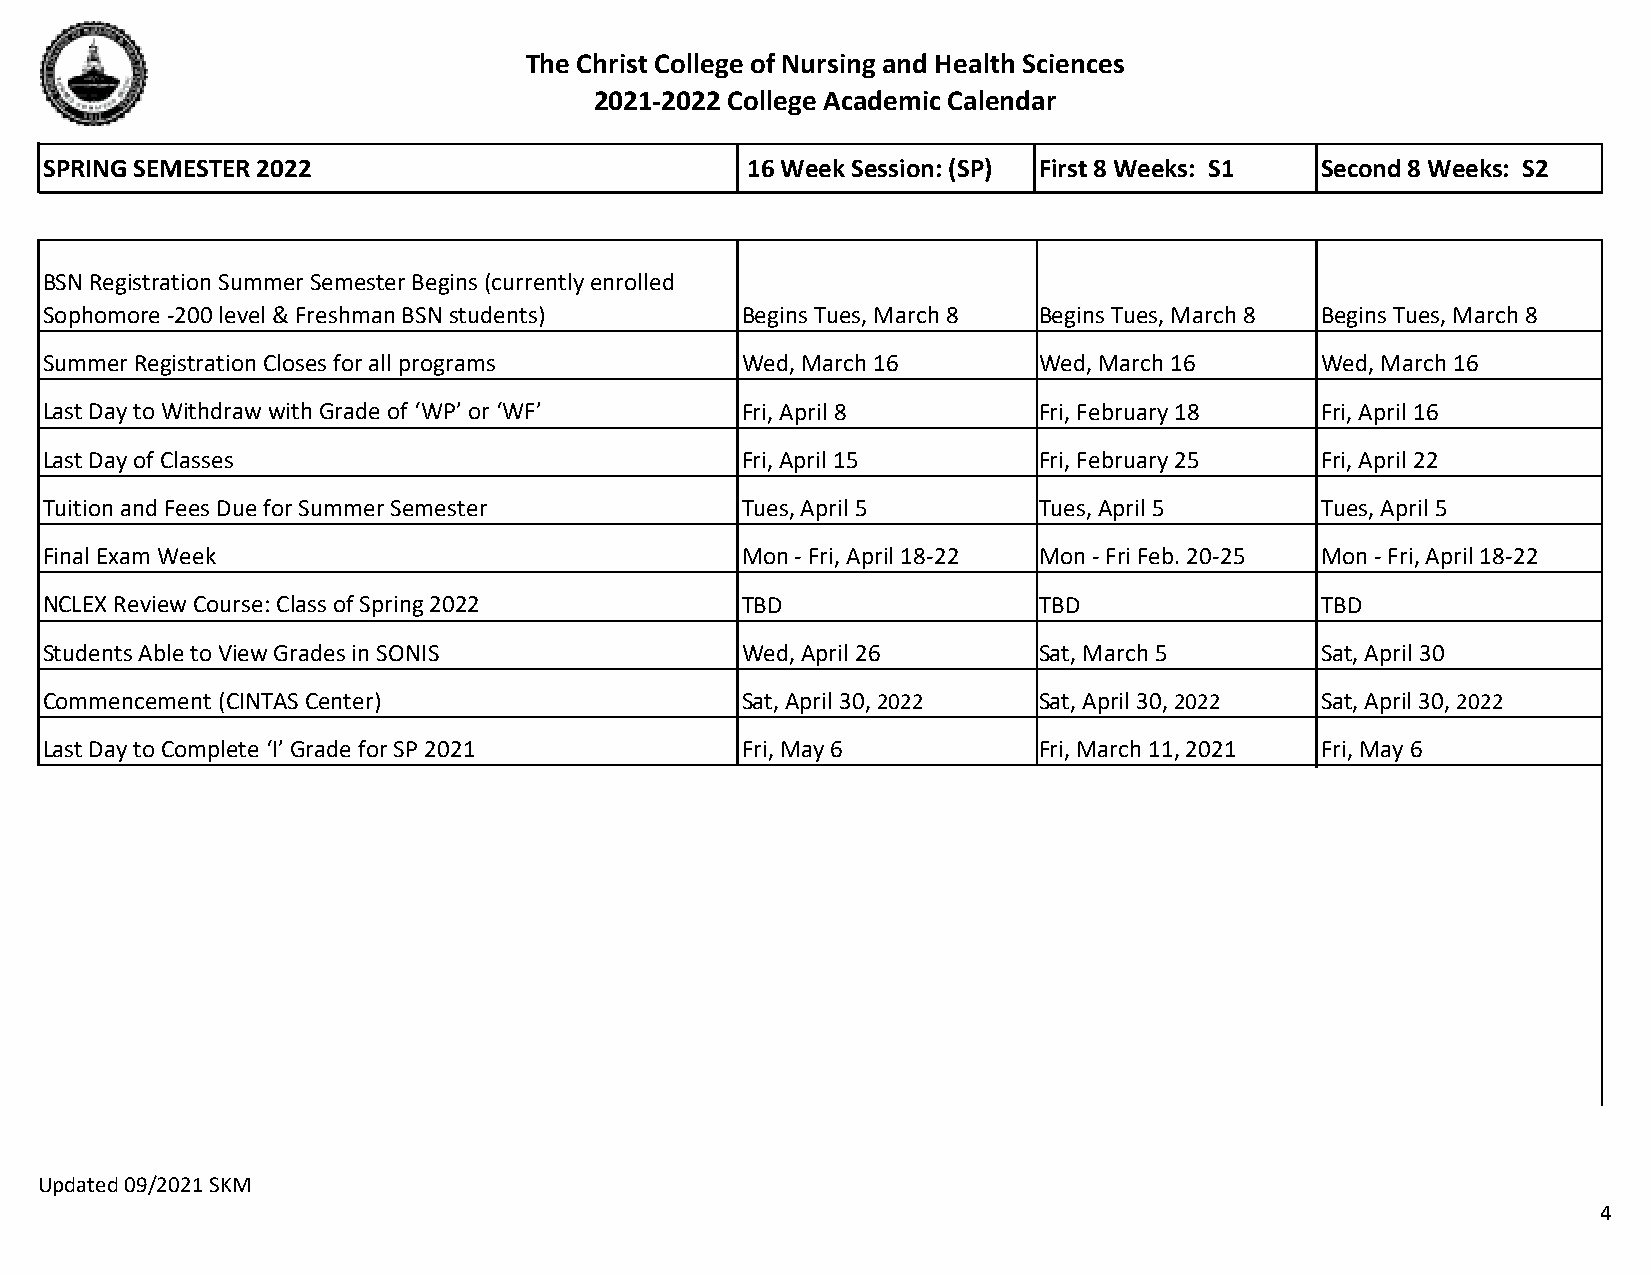
The Christ College of Nursing and Health Sciences
 2021-2022 College Academic Calendar
 SPRING SEMESTER 2022                          16 Week Session: (SP) First 8 Weeks: S1 Second 8 Weeks: S2
 BSN Registration Summer Semester Begins (currently enrolled
 Sophomore -200 level & Freshman BSN students) Begins Tues, March 8 Begins Tues, March 8 Begins Tues, March 8
 Summer Registration Closes for all programs   Wed, March 16       Wed, March 16     Wed, March 16
 Last Day to Withdraw with Grade of ‘WP’ or ‘WF’ Fri, April 8      Fri, February 18  Fri, April 16
 Last Day of Classes                           Fri, April 15       Fri, February 25  Fri, April 22
 Tuition and Fees Due for Summer Semester      Tues, April 5       Tues, April 5     Tues, April 5
 Final Exam Week                               Mon - Fri, April 18-22 Mon - Fri Feb. 20-25 Mon - Fri, April 18-22
 NCLEX Review Course: Class of Spring 2022     TBD                 TBD               TBD
 Students Able to View Grades in SONIS         Wed, April 26       Sat, March 5      Sat, April 30
 Commencement (CINTAS Center)                  Sat, April 30, 2022 Sat, April 30, 2022 Sat, April 30, 2022
 Last Day to Complete ‘I’ Grade for SP 2021    Fri, May 6          Fri, March 11, 2021 Fri, May 6
 Updated 09/2021 SKM
 4